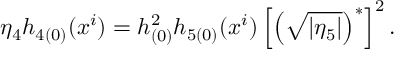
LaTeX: \eta _ { 4 } h _ { 4 ( 0 ) } ( x ^ { i } ) = h _ { ( 0 ) } ^ { 2 } h _ { 5 ( 0 ) } ( x ^ { i } ) \left[ \left( \sqrt { | \eta _ { 5 } | } \right) ^ { \ast } \right] ^ { 2 } .